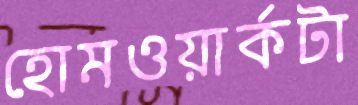
হোমওয়ার্কটা